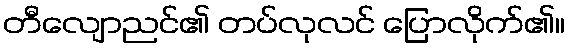
တီလျောညင်၏ တပ်လုလင် ပြောလိုက်၏။